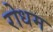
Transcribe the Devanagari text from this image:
रोधम